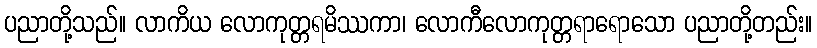
ပညာတို့သည်။ လာကိယ လောကုတ္တရမိဿကာ၊ လောကီလောကုတ္တရာရောသော ပညာတို့တည်း။